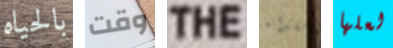
بالحياه وقت THE فقدانه لعلها